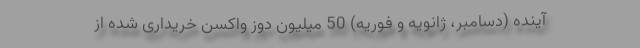
آینده (دسامبر، ژانویه و فوریه) 50 میلیون دوز واکسن خریداری شده از